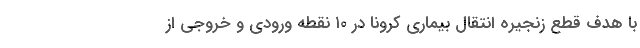
با هدف قطع زنجیره انتقال بیماری کرونا در ۱۰ نقطه ورودی و خروجی از